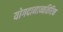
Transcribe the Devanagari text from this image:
योगदानाव्यतिरिक्त